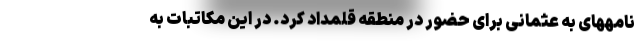
نامههای به عثمانی برای حضور در منطقه قلمداد کرد. در این مکاتبات به